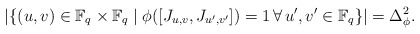
\begin{align*}|\{(u,v) \in \mathbb{F}_q \times \mathbb{F}_q \mid \phi ([J_{u,v},J_{u',v'}])=1 \, \forall \, u',v' \in \mathbb{F}_q \}|=\Delta_\phi^2.\end{align*}